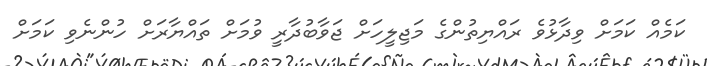
ކަމެއް ކަމަށް ވިދާޅުވެ ރައްޔިތުންގެ މަޖިލީހަށް ޖަވާބުދާރީ ވުމަށް ތައްޔާރަށް ހުންނެވި ކަމަށް